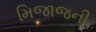
મિજાજની